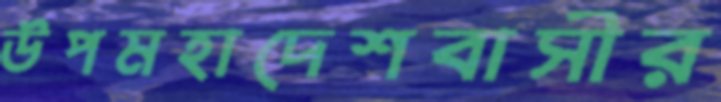
উপমহাদেশবাসীর